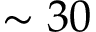
\sim 3 0